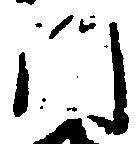
門